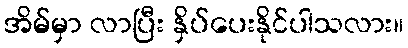
အိမ်မှာ လာပြီး နှိပ်ပေးနိုင်ပါသလား။